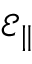
\mathcal { E } _ { \| }